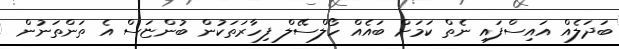
ބަދަލެއް އައިސްފައި ނެތް ކަމަށް ބައެއް ހޯލްސޭލް ފިހާރަތަކުން ބުންޏަސް އެ ތަންތަނުން